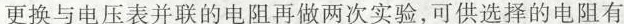
更换与电压表并联的电阻再做两次实验，可供选择的电阻有